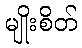
မျိုးစိတ်